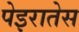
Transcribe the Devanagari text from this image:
पेइरातेस